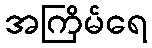
အကြိမ်ရေ